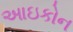
આઇકોન